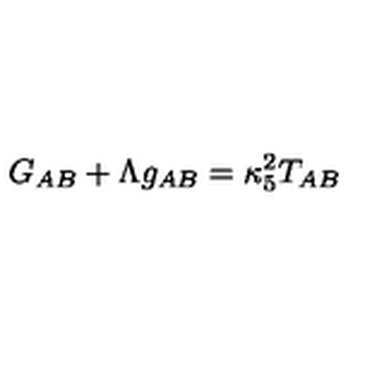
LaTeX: G _ { A B } + \Lambda g _ { A B } = \kappa _ { 5 } ^ { 2 } T _ { A B }